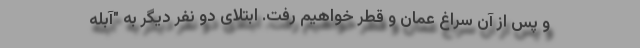
و پس از آن سراغ عمان و قطر خواهیم رفت. ابتلای دو نفر دیگر به "آبله‌